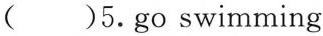
( )5.go swimming